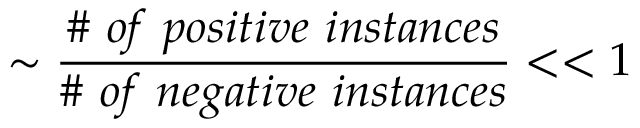
\sim \frac { \# ~ o f ~ p o s i t i v e ~ i n s t a n c e s } { \# ~ o f ~ n e g a t i v e ~ i n s t a n c e s } < < 1